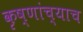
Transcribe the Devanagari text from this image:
कृष्णांच्याच